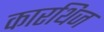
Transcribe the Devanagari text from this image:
कारथिज